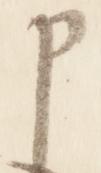
申